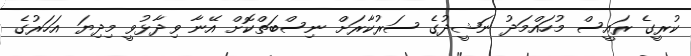
ކުރީގެ ރައީސް މުހައްމަދު ނަޝީދުގެ ސަރުކާރަށް ނިސްބަތްކޮށް އޭނާ ވިދާޅުވީ މިދިޔަ އަހަރުގެ